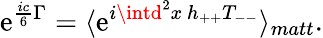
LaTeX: \mathrm{e}^{\frac{{ic}}{{6}}\Gamma}=\langle\mathrm{e}^{i\intd^{2}x~h_{++}T_{--}}\rangle_{matt}.